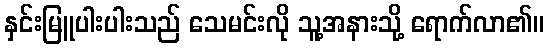
နှင်းမြူပါးပါးသည် သေမင်းလို သူ့အနားသို့ ရောက်လာ၏။